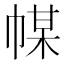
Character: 𢃱